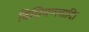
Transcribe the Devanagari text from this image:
विधिमण्लादि।